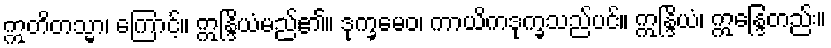
ဣတိတသ္မာ၊ ကြောင့်။ ဣန္ဒြိယံမည်၏။ ဒုက္ခမေဝ၊ ကာယိကဒုက္ခသည်ပင်။ ဣန္ဒြိယံ၊ ဣန္ဒြေတည်း။